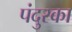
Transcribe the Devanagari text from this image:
पंदुरका